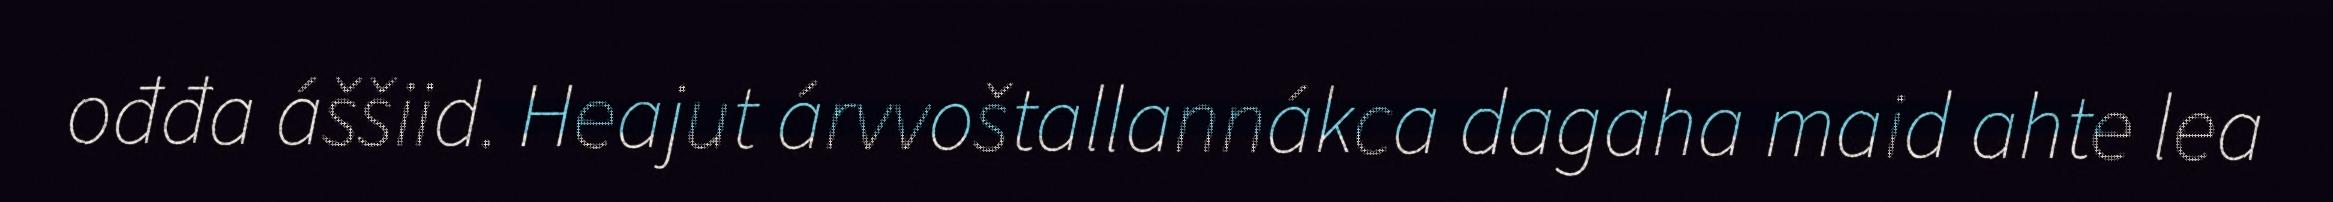
ođđa áššiid. Heajut árvvoštallannákca dagaha maid ahte lea